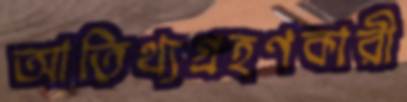
আতিথ্যগ্রহণকারী